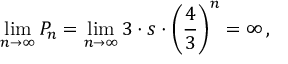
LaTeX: \operatorname* { l i m } _ { n \rightarrow \infty } P _ { n } = \operatorname* { l i m } _ { n \rightarrow \infty } 3 \cdot s \cdot \left( { \frac { 4 } { 3 } } \right) ^ { n } = \infty \, ,